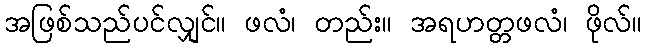
အဖြစ်သည်ပင်လျှင်။ ဖလံ၊ တည်း။ အရဟတ္တဖလံ၊ ဖိုလ်။